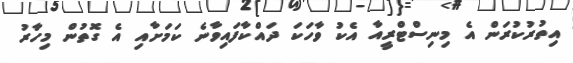
އިތުރުކުރަން އެ މިނިސްޓްރީއާ އެކު ވާހަކަ ދައްކާފައިވާނެ ކަމަށާއި އެ ގޮތުން މިހާރު